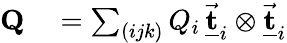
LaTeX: \begin{array}{rl}{{\mathbf Q}}&{{}=\sum_{(ijk)}Q_{i}\, \underline{{\vec{\mathbf t}}}_{i}\otimes\underline{{\vec{\mathbf t}}}_{i}}\end{array}